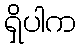
ရှိပါက